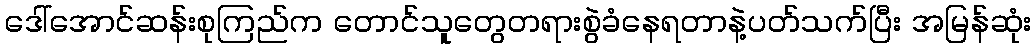
ဒေါ်အောင်ဆန်းစုကြည်က တောင်သူတွေတရားစွဲခံနေရတာနဲ့ပတ်သက်ပြီး အမြန်ဆုံး